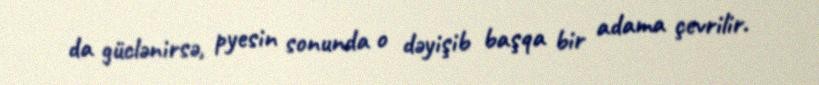
da güclənirsə, pyesin sonunda o dəyişib başqa bir adama çevrilir.